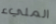
المليء